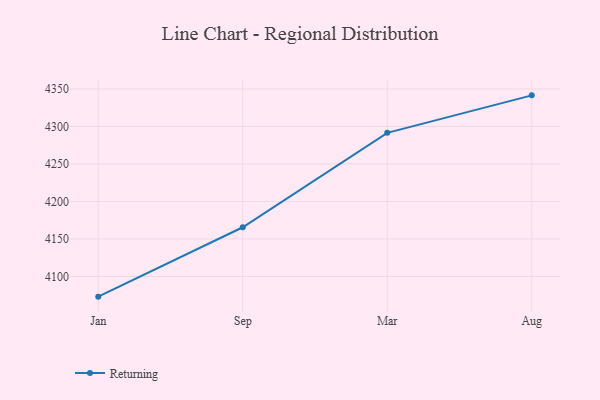
{"axis": {"x": "Month", "y": "Net Income (USD K)"}, "legend": ["Returning"], "data": [{"x": "Jan", "y": 4073.1, "type": "Returning"}, {"x": "Sep", "y": 4165.6, "type": "Returning"}, {"x": "Mar", "y": 4291.5, "type": "Returning"}, {"x": "Aug", "y": 4341.5, "type": "Returning"}]}